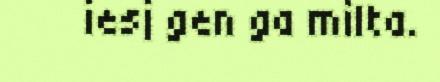
iesj gen ga milta.